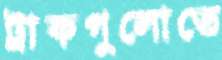
ট্রাকগুলোতে